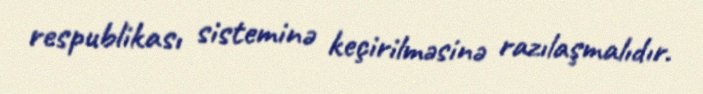
respublikası sisteminə keçirilməsinə razılaşmalıdır.